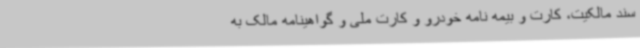
سند مالکیت، کارت و بیمه نامه خودرو و کارت ملی و گواهینامه مالک به